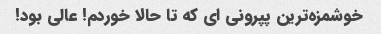
خوشمزه‌ترین پپرونی ای که تا حالا خوردم! عالی بود!